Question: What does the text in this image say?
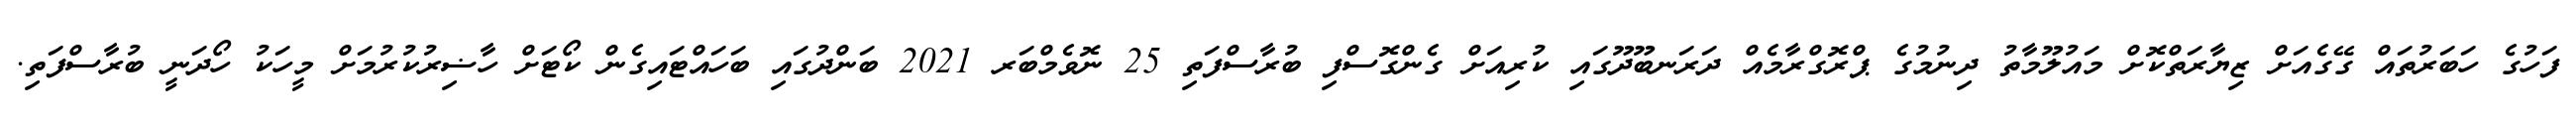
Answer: ފަހުގެ ހަބަރުތައް ގޭގެއަށް ޒިޔާރަތްކޮށް މައުލޫމާތު ދިނުމުގެ ޕްރޮގްރާމެއް ދަރަނބޫދޫގައި ކުރިއަށް ގެންގޮސްފި ބުރާސްފަތި 25 ނޮވެމްބަރ 2021 ބަންދުގައި ބަހައްޓައިގެން ކޯޓަށް ހާޟިރުކުރުމަށް މީހަކު ހޯދަނީ ބުރާސްފަތި.